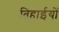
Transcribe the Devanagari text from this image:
तिहाईयों